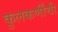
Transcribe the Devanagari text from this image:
कुलकर्णींची